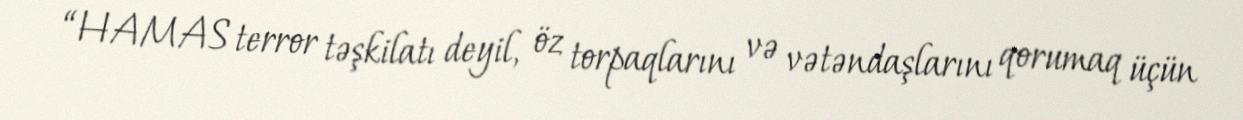
“HAMAS terror təşkilatı deyil, öz torpaqlarını və vətəndaşlarını qorumaq üçün